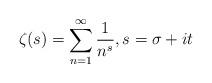
LaTeX: \begin{align*}\zeta(s)=\sum_{n=1}^{\infty} \frac{1}{n^{s}},s=\sigma+it\end{align*}